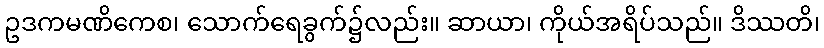
ဥဒကမဏိကေစ၊ သောက်ရေခွက်၌လည်း။ ဆာယာ၊ ကိုယ်အရိပ်သည်။ ဒိဿတိ၊